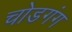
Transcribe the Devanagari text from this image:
चोडगंग